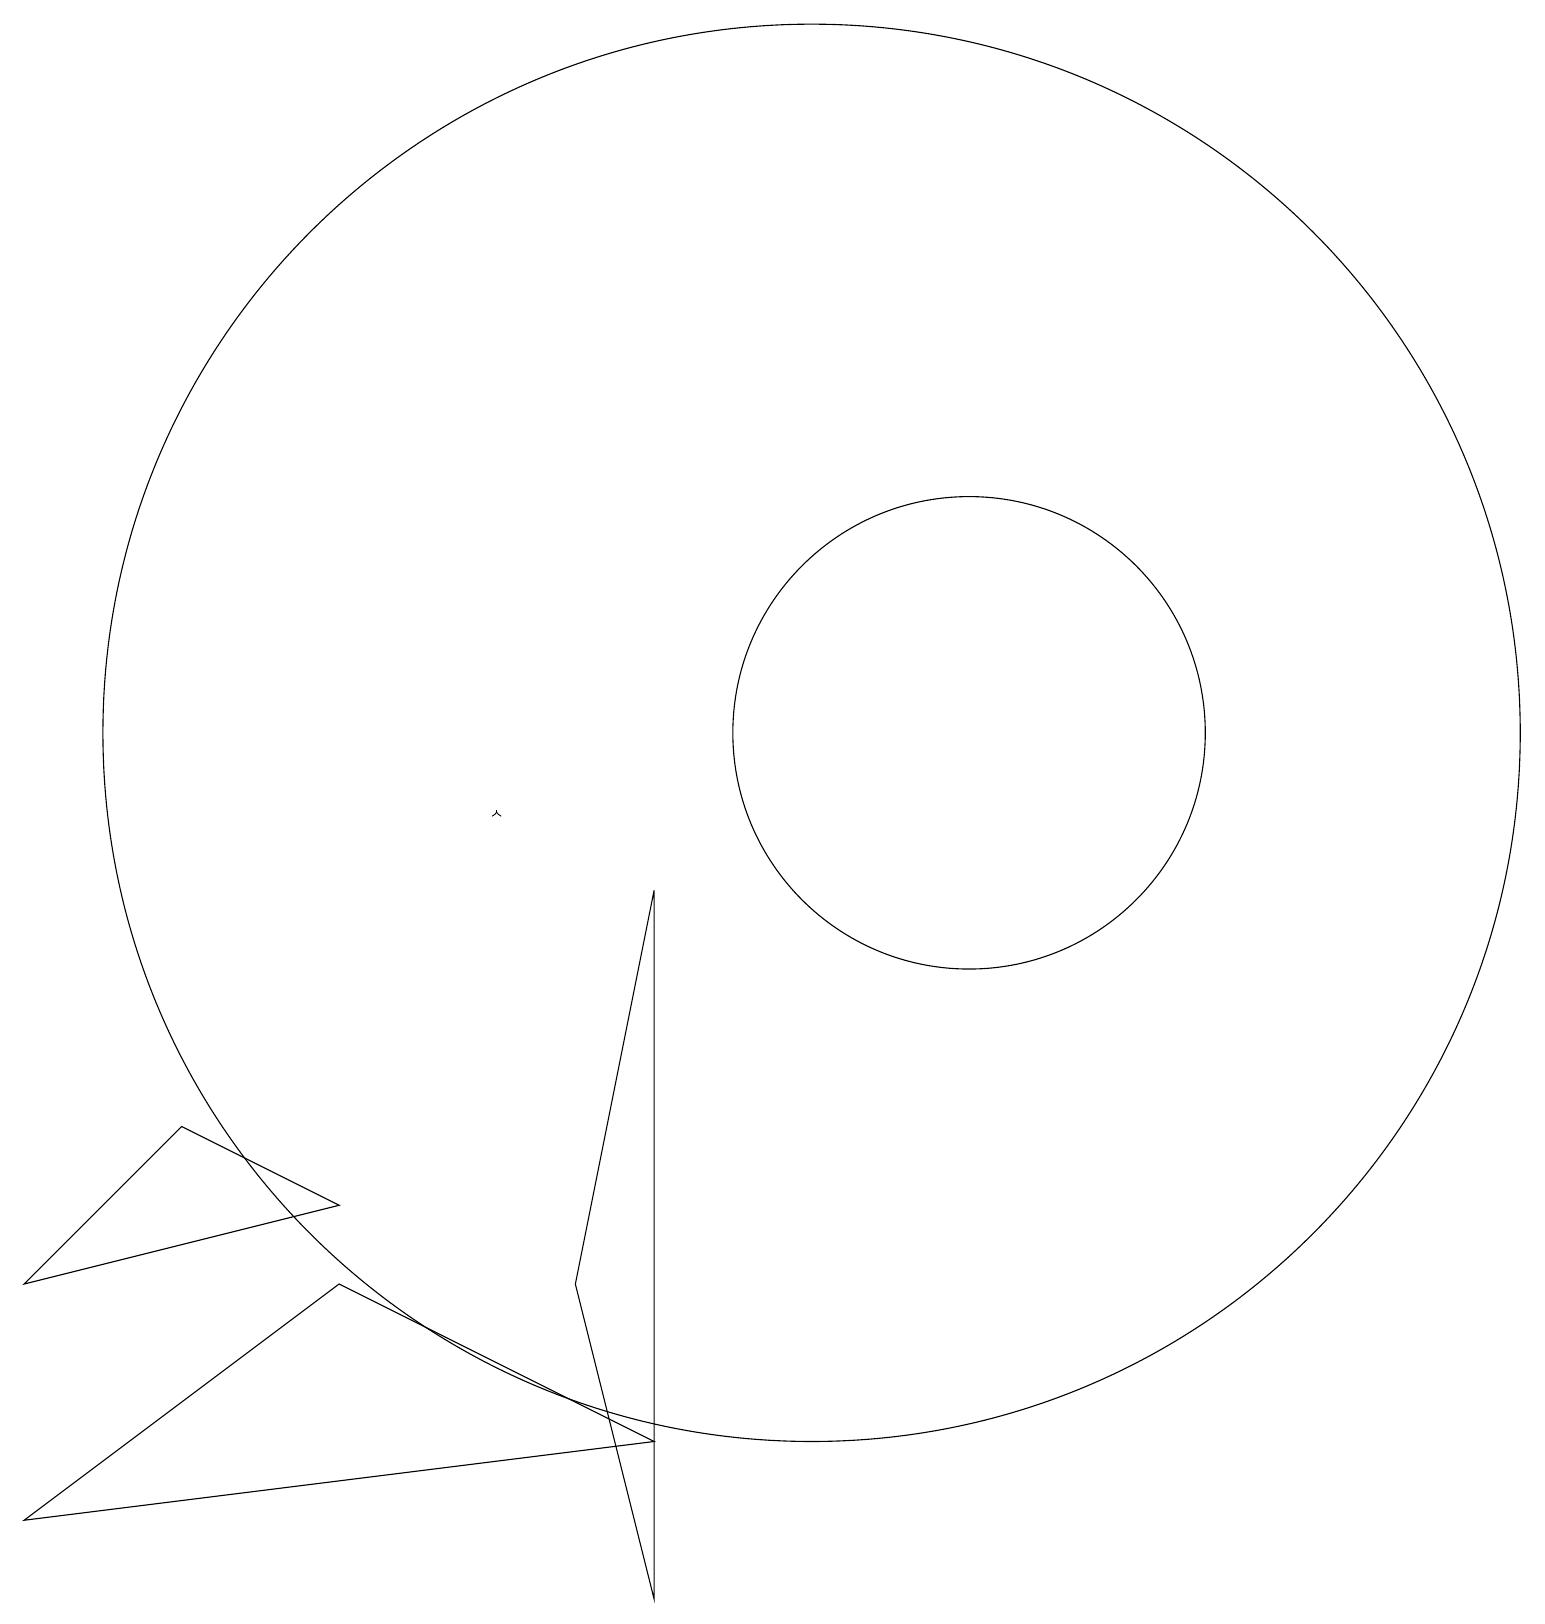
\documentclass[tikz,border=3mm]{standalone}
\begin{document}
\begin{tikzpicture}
\draw (4,5) -- (2,6) -- (0,4) -- cycle;
\draw (12,11) circle (3);
\draw (4,4) -- (8,2) -- (0,1) -- cycle;
\draw (10,11) circle (9);
\draw (10,10) circle (0);
\draw (8,0) -- (7,4) -- (8,9) -- cycle;
\draw[->] (6,10) -- (6,10);
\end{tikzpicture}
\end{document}